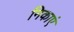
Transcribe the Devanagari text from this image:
निकाएं